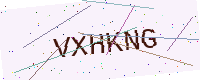
Text: VXHKNG